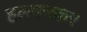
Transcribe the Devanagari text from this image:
हलदनकर